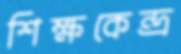
শিক্ষকেন্দ্র